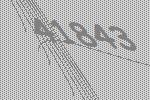
41843